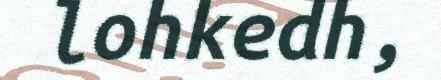
lohkedh,